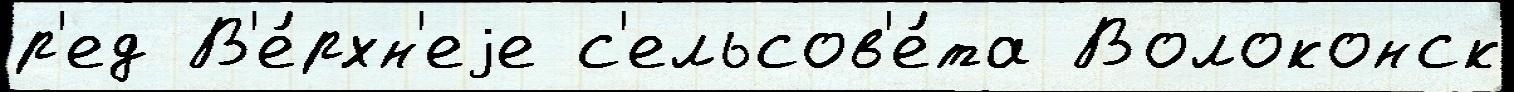
р'ед В'е́рхн'еjе с'ельсов'е́та Волоконск